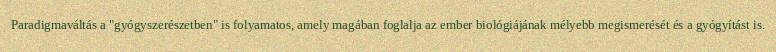
Paradigmaváltás a "gyógyszerészetben" is folyamatos, amely magában foglalja az ember biológiájának mélyebb megismerését és a gyógyítást is.